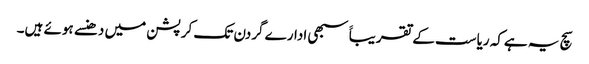
سچ یہ ہےکہ ریاست کے تقریباََ سبھی ادارے گردن تک کرپشن میں دھنسے ہوئے ہیں۔